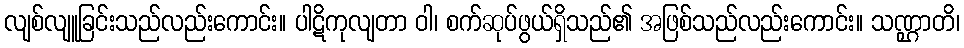
လျစ်လျူခြင်းသည်လည်းကောင်း။ ပါဋိကုလျတာ ဝါ၊ စက်ဆုပ်ဖွယ်ရှိသည်၏ အဖြစ်သည်လည်းကောင်း။ သဏ္ဌာတိ၊